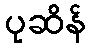
ပုဆိန်